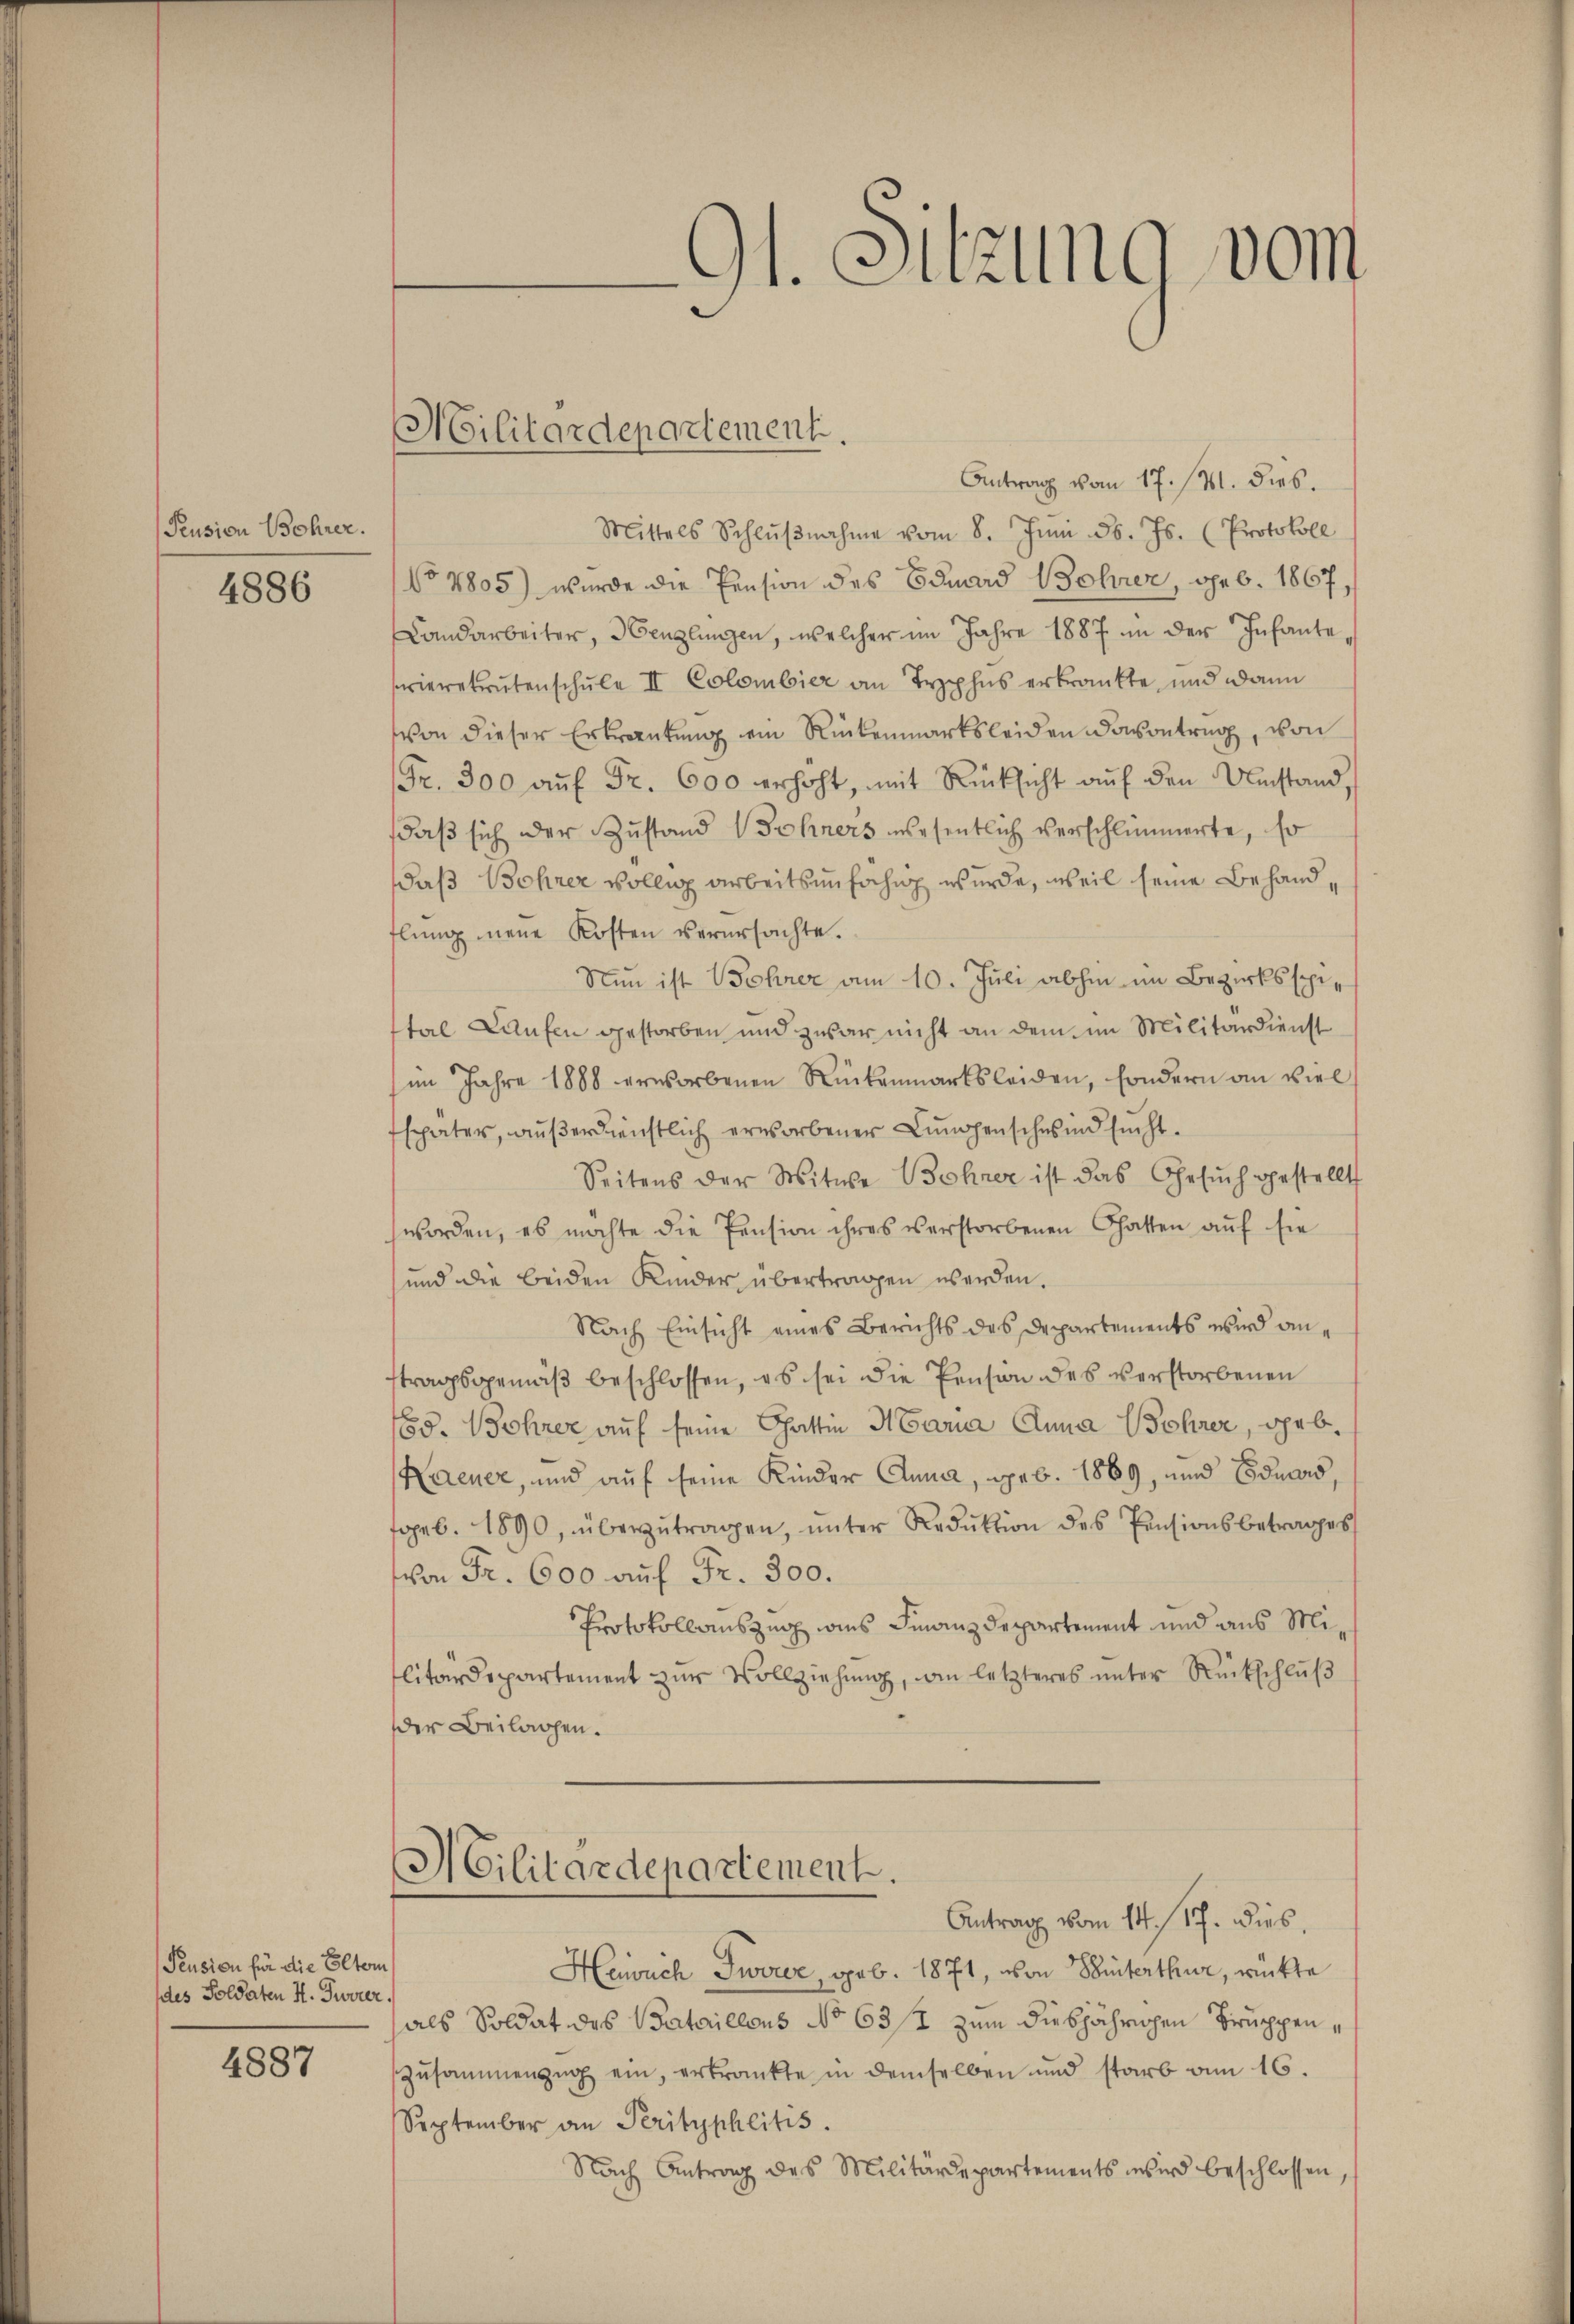
Peusion Bohrer.

4886

Pension für die Eltern
des Soldaten H. Furrer.

4887

Militärdepartement.

Gl. Sitzung vom

Antrag vom 17. 141. dies.
Mittels Schlŭβnahme vom 8. Juni d. Js. (Protokoll
No 1805) wurde die Pension des Eduard Bolier, geb. 1867,
Landarbeiter, Henglungen, welcher im Jahre 1887 in der Infante,
sierekrutenschule II Colombier an Typhus erkrankte, und dann
von dieser Erkrautung ein Rückenmarksleiden davontrag, von
Fr. 300 aŭf Fr. 600 erhöht, mit Rücksicht auf den Umstand,
daß sich der Zustand Sohners wesentlich verschlimmerte, so
daß Bohner völlig arbeitsunfähig wurde, weil seine Behand
flung neue Kosten verursachte.
Nun ist Bohrer am 10. Juli abhin im Bezirksspital Kaufen gestorben und zwar nicht an dem im Militärdienst
im Jahre 1888 erworbenen Rückenmarksleiden, sondern an viel
später, aŭβerdienstlich erworbener Lunchenschwind sucht.
Seitens der Witwe Bohrer ist das Gesŭch gestellt
worden, es möchte die Pension ihres verstorbenen Gatten auf sie
und die beiden Kinder übertragen werden.
Nach Einsicht eines Berichts des Departements wird anftragsgemäß beschlossen, es sei die Pension des verstorbenen
od. Bohrer auf seine Gattin Maria Anna Bohrer, geb.
Kaener, und auf seine Kinder Anna, geb. 1869, und Eduars,
geb. 1890, überzŭtragen, ŭnter Reduktion des Pensionsbetrages
schon Fr. 600 auf Fr. 300.
Protokollauszug aus Finanzdepartement und aus Militärdepartement zur Vollziehung, wie letzteres unter Rückschluß
der Beilagen.
Militärdepartement.
Antrag vom 14. / 17. dies
Heuch Twerer, geb. 1871, von Winterthur, rückte
hals Soldat des Bataillons No 63/t zum diesjährlichen Truppen¬
Zŭsammenzug ein, erkrankte in demselben und starb am 16.
September an Perityphlitis.
Nach Antrag des Militärdepartements wird beschlossen,